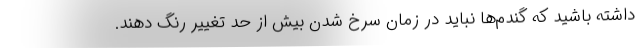
داشته باشید که گندم‌ها نباید در زمان سرخ شدن بیش از حد تغییر رنگ دهند.